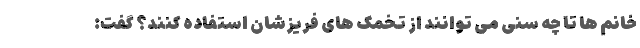
خانم ها تا چه سنی می توانند از تخمک های فریزشان استفاده کنند؟ گفت: